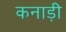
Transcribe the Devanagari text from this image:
कनाड़ी